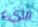
شيء